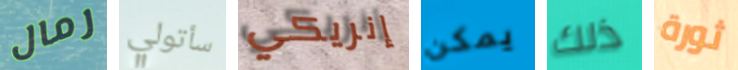
رمال سأتولي إنريكي يمكن ذلك ثورة